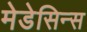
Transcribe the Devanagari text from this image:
मेडेसिन्स